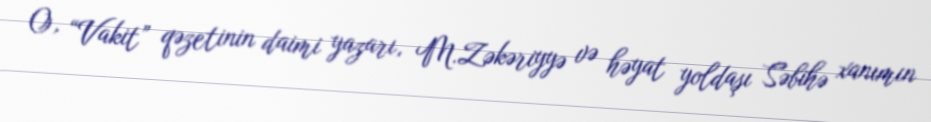
O, “Vakit” qəzetinin daimi yazarı, M.Zəkəriyyə və həyat yoldaşı Səbihə xanımın